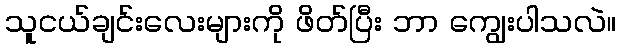
သူငယ်ချင်းလေးများကို ဖိတ်ပြီး ဘာ ကျွေးပါသလဲ။